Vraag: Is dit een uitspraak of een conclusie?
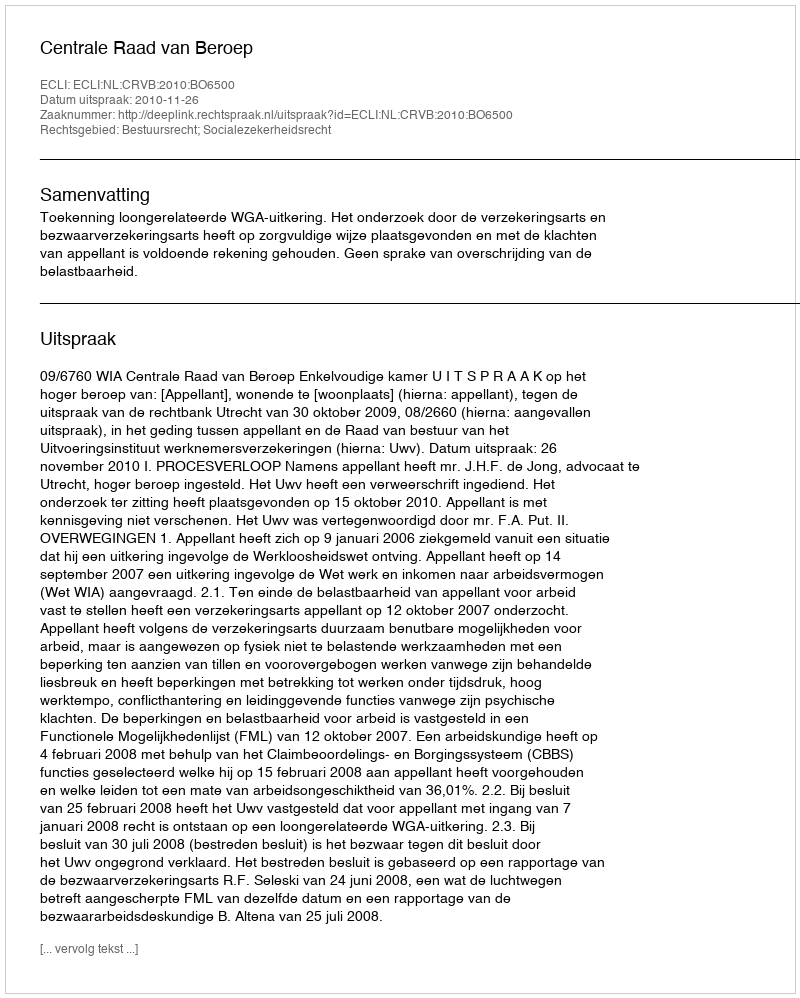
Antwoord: Uitspraak